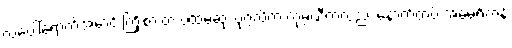
လပေါ်ရောက်အောင် ကြိုးစားတဲ့ ပထမဆုံး ပုဂ္ဂလိက ကုမ္ပဏီကလည်း နောက်ထပ် အမေရိကန်